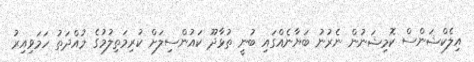
އިލެކްޝަންސް ކޮމިޝަނުން ނެރުނު ބަޔާނެއްގައި ބުނީ ތުޅާދޫ ކައުންސިލަށް ކުރިމަތިލުމުގެ މުއްދަތު ހަމަވިއިރު